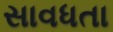
સાવધતા